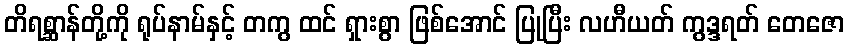
တိရစ္ဆာန်တို့ကို ရုပ်နာမ်နှင့် တကွ ထင် ရှားစွာ ဖြစ်အောင် ပြုပြီး လဟီယတ် ကွဒ္ဒရတ် တေဇော